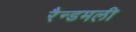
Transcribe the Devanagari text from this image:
रैन्डमली